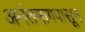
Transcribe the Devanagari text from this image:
अनंतनागपासून